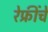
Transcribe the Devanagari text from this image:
रेफ्रींचे